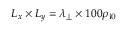
L _ { x } \times L _ { y } = \lambda _ { \perp } \times 1 0 0 \rho _ { \mathrm { i 0 } }